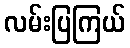
လမ်းပြကြယ်